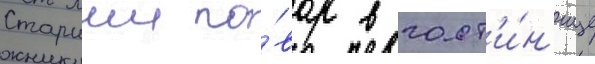
Старшии по́вар в гост'и́н'ице